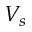
V _ { s }